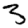
Digit: 3